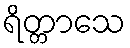
ရိတ္တာသေ